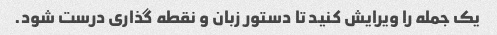
یک جمله را ویرایش کنید تا دستور زبان و نقطه گذاری درست شود.